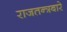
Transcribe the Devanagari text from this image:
राजतन्त्रबारे